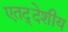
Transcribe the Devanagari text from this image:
एतद्‍देशीय